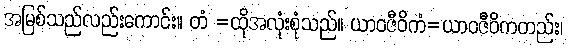
အမြစ်သည်လည်းကောင်း။ တံ =ထိုအလုံးစုံသည်။ ယာဝဇီဝိကံ=ယာဝဇီဝိကတည်း၊